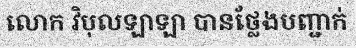
លោក វិបុលឡាឡា បានថ្លែងបញ្ជាក់